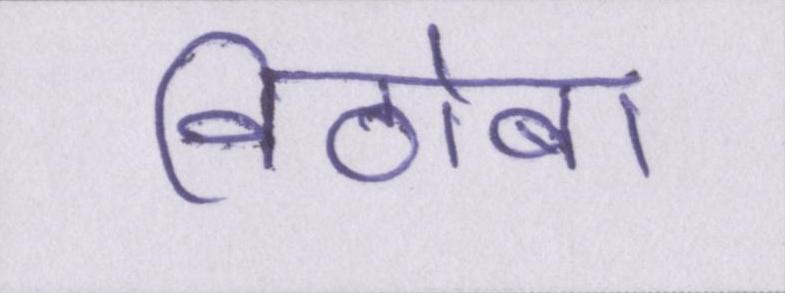
विठोबा